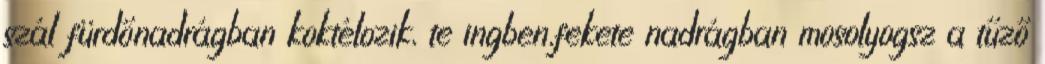
szál fürdőnadrágban koktélozik, te ingben,fekete nadrágban mosolyogsz a tűző